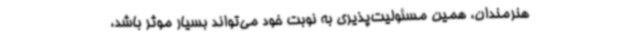
هنرمندان، همین مسئولیت‌پذیری به نوبت خود می‌تواند بسیار موثر باشد،